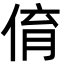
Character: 俼